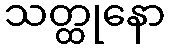
သတ္ထုနော